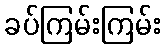
ခပ်ကြမ်းကြမ်း